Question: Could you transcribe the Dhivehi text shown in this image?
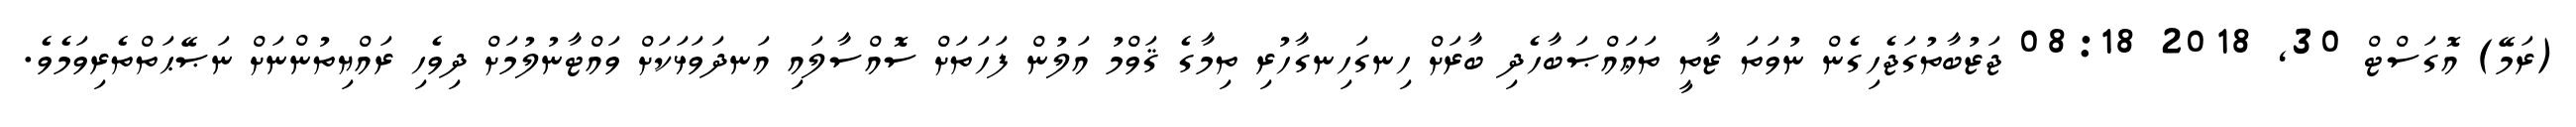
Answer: (ރަމޭ) އޮގަސްޓް 30, 2018 08:18 ޖަޒުބާތުގަޖެހިގެން ނުވަތަ ޒާތީ ތަޢައްޞަބާހެދި ބާރަށް ހިނގަހިނގާހުރި ތިމާގެ ޤަވްމު އަލުން ފަހަތަށް ސޮއްސާލައި އަނދަވަޅަކަށް ވައްޓާނުލުމަށް ދިވެހި ރައްޔިތުންނަށް ނަޞޭޙަތްތެރިވަމެވެ.